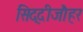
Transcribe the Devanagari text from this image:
सिद्दीजौहर